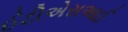
ઈટીએસઆઈ